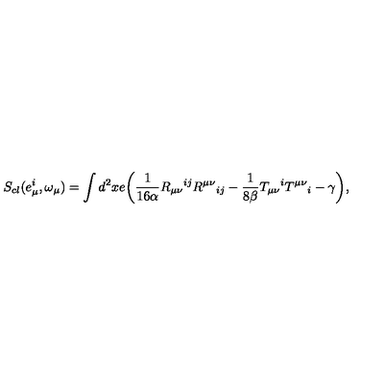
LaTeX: S _ { c l } ( e _ { \mu } ^ { i } , \omega _ { \mu } ) = \int { d ^ { 2 } } x e \bigg ( \frac { 1 } { 1 6 \alpha } R _ { \mu \nu } { } ^ { i j } R ^ { \mu \nu } { } _ { i j } - \frac { 1 } { 8 \beta } T _ { \mu \nu } { } ^ { i } T ^ { \mu \nu } { } _ { i } - \gamma \bigg ) ,